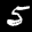
Label: 5